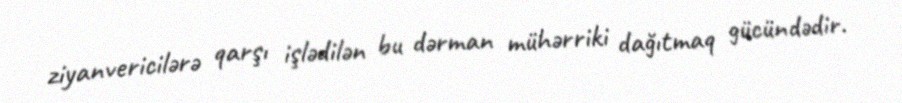
ziyanvericilərə qarşı işlədilən bu dərman mühərriki dağıtmaq gücündədir.